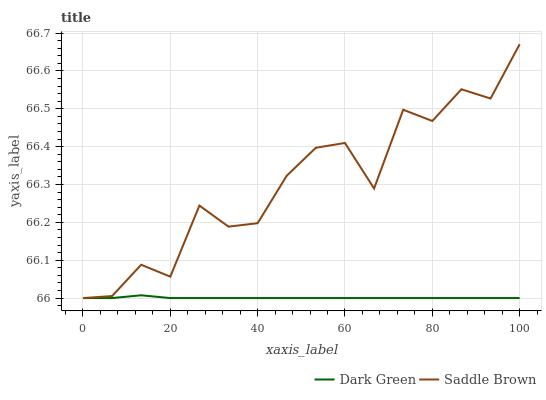
| xaxis_label | Dark Green | Saddle Brown |
 | --- | --- | --- |
 | 0 | 66 | 66 |
 | 6.67 | 66 | 66 |
 | 13.3 | 66 | 66.1 |
 | 20 | 66 | 66.1 |
 | 26.7 | 66 | 66.2 |
 | 33.3 | 66 | 66.2 |
 | 40 | 66 | 66.2 |
 | 46.7 | 66 | 66.3 |
 | 53.3 | 66 | 66.4 |
 | 60 | 66 | 66.4 |
 | 66.7 | 66 | 66.3 |
 | 73.3 | 66 | 66.5 |
 | 80 | 66 | 66.5 |
 | 86.7 | 66 | 66.6 |
 | 93.3 | 66 | 66.5 |
 | 100 | 66 | 66.7 |